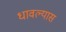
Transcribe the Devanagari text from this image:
धावल्यास